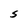
Character: S